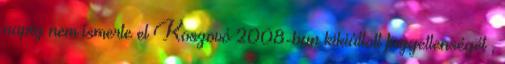
napig nem ismerte el Koszovó 2008-ban kikiáltott függetlenségét ,